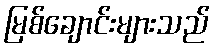
မြစ်ချောင်းများသည်